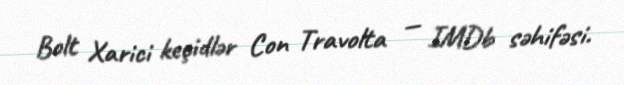
Bolt Xarici keçidlər Con Travolta — IMDb səhifəsi.